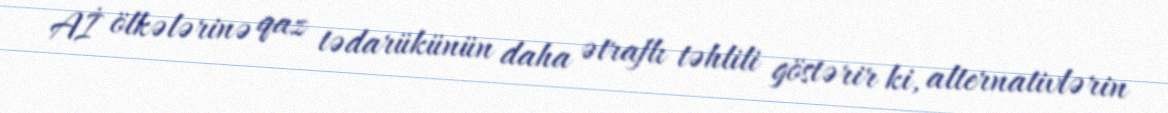
Aİ ölkələrinə qaz tədarükünün daha ətraflı təhlili göstərir ki, alternativlərin